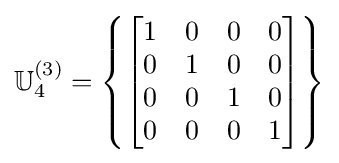
\mathbb {U} _{4}^{(3)}=\left\{{\begin{bmatrix}1&0&0&0\\0&1&0&0\\0&0&1&0\\0&0&0&1\end{bmatrix}}\right\}